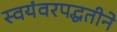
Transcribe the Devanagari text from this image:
स्वयंवरपद्धतीने